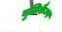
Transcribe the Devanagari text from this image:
युनिकैम्प